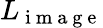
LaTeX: L_{\mathrm{~i~m~a~g~e~}}